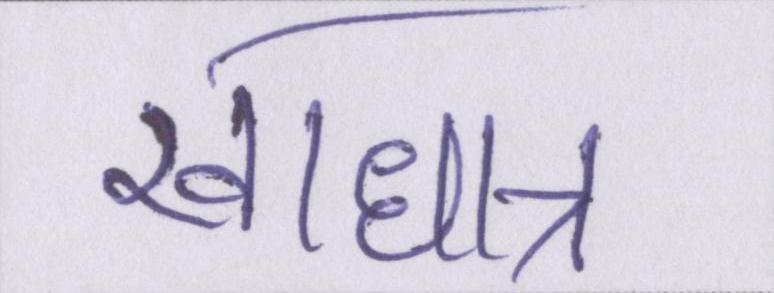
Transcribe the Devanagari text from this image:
खाधान्न